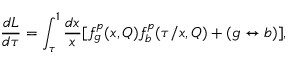
\frac { d L } { d \tau } = \int _ { \tau } ^ { 1 } \frac { d x } { x } [ f _ { g } ^ { p } ( x , Q ) f _ { b } ^ { p } ( \tau / x , Q ) + ( g \leftrightarrow b ) ] ,